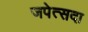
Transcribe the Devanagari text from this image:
जपेत्सदा